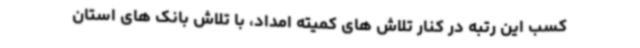
کسب این رتبه در کنار تلاش های کمیته امداد، با تلاش بانک های استان